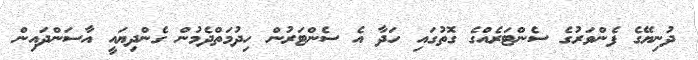
ދުނިޔޭގެ ފެންވަރުގެ ސެންޓަރެއްގެ ގޮތުގައި ހަދާ އެ ސެންޓަރުން ހިދުމަތްދެމުން ގެންދިޔައީ އާސަންދައިން